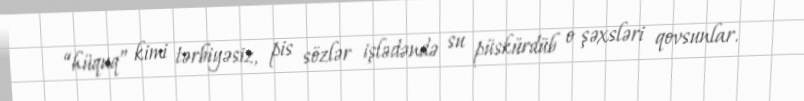
“hüquq” kimi tərbiyəsiz, pis sözlər işlədəndə su püskürdüb o şəxsləri qovsunlar.